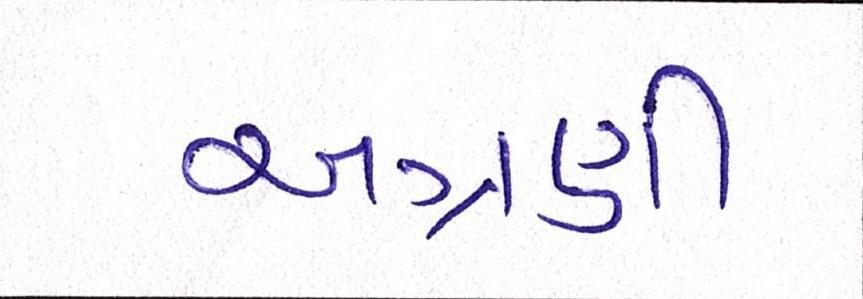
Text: અગ્રણી